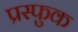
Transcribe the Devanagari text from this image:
प्रस्फुक